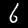
Digit: 6